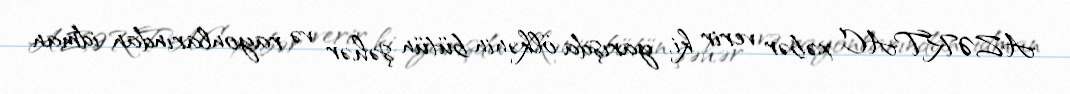
AZƏRTAC xəbər verir ki, yarışda ölkənin bütün şəhər və rayonlarından idman